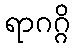
ရာဂဂ္ဂိ